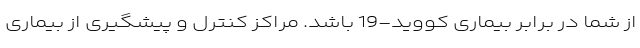
از شما در برابر بیماری کووید-19 باشد. مراکز کنترل و پیشگیری از بیماری